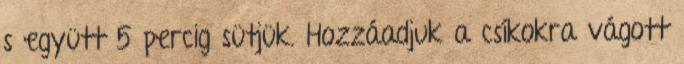
s együtt 5 percig sütjük. Hozzáadjuk a csíkokra vágott